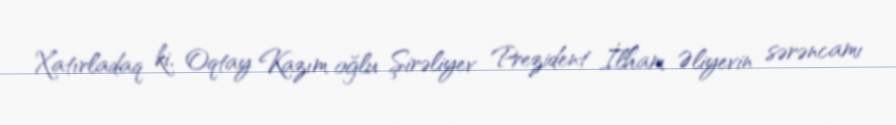
Xatırladaq ki, Oqtay Kazım oğlu Şirəliyev Prezident İlham Əliyevin sərəncamı